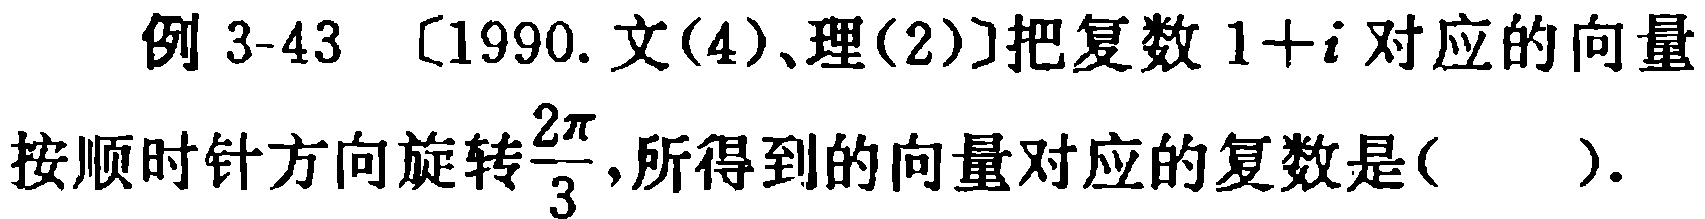
例 3-43 [1990.文(4)、理(2)]把复数\(1 + i\)对应的向量按顺时针方向旋转\(\frac{2\pi}{3}\)，所得到的向量对应的复数是( )。